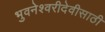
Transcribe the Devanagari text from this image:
भुवनेश्वरीदेवीसाठी